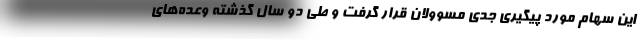
این سهام مورد پیگیری جدی مسوولان قرار گرفت و طی دو سال گذشته وعده‌های